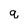
Character: q